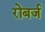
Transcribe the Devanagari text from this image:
रोबर्ज